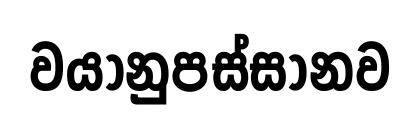
වයානුපස්සානව